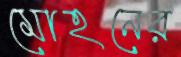
মোহনের